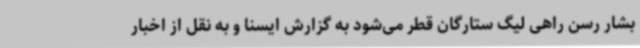
بشار رسن راهی لیگ ستارگان قطر می‌شود به گزارش ایسنا و به نقل از اخبار